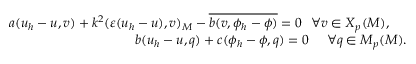
\begin{array} { r l r } & { } & { a ( \boldsymbol { u } _ { h } - \boldsymbol { u } , \boldsymbol { v } ) + k ^ { 2 } ( \varepsilon ( \boldsymbol { u } _ { h } - \boldsymbol { u } ) , \boldsymbol { v } ) _ { \cal M } - \overline { { b ( \boldsymbol { v } , \phi _ { h } - \phi ) } } = 0 \ \ \forall \boldsymbol { v } \in { \boldsymbol { X } } _ { p } ( { \cal M } ) , \ \ \ \ } \\ & { } & { b ( \boldsymbol { u } _ { h } - \boldsymbol { u } , q ) + c ( \phi _ { h } - \phi , q ) = 0 \ \ \ \ \forall q \in M _ { p } ( { \cal M } ) . } \end{array}